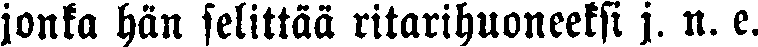
jonka hän selittää ritarihuoneeksi j. n. e.